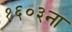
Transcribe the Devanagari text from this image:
१६०३ना